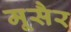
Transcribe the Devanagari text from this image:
मूसैर